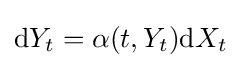
\mathrm {d} Y_{t}=\alpha (t,Y_{t})\mathrm {d} X_{t}